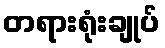
တရားရုံးချုပ်